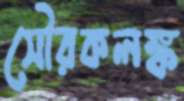
সৌরকলঙ্ক